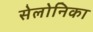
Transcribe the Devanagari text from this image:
सेलोनिका